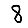
Digit: 8